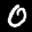
Label: 0